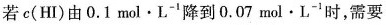
若c(HI)由0.1 \mathrm{~mol} \cdot \mathrm{L}^{-1}降到0.07 \mathrm{~mol} \cdot \mathrm{L}^{-1}时，需要